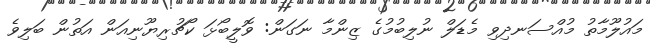
މައުލޫމާތު މުއްސަނދިވި މެޑަލް ނުލިބުމުގެ ޒިންމާ ނަގަން: ވޮލީބޯޅަ ކޯޗުރިޔޫނިއަން އަތުން ބަލިވެ